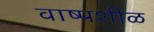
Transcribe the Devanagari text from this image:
वाष्पशीळ